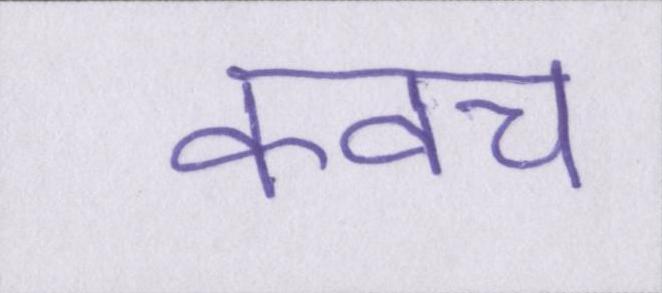
कवच